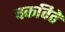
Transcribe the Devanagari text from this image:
चकविते